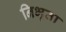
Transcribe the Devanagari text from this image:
निभृता